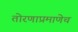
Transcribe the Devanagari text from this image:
तोरणाप्रमाणेच